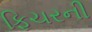
ફિચરની